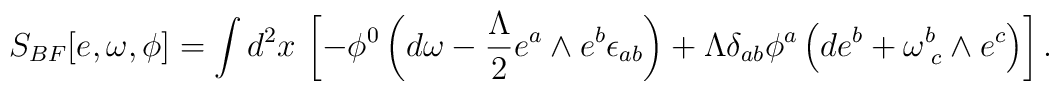
S_{BF}[e,\omega,\phi] = \int d^{2}x \,\left[- \phi^{0} \left(d\omega - \frac{\Lambda}{2} e^{a}\wedge e^{b} \epsilon_{ab}  \right) +  \Lambda \delta_{ab} \phi^{a}\left( d e^{b} + \omega^{b}_{\,\, c} \wedge e^{c} \right)  \right].